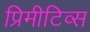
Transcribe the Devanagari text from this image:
प्रिमीटिव्स